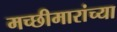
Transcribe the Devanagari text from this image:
मच्छीमारांच्या